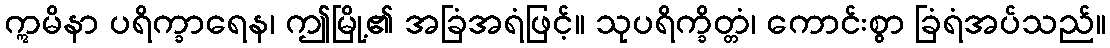
ဣမိနာ ပရိက္ခာရေန၊ ဤမြို့၏ အခြံအရံဖြင့်။ သုပရိက္ခိတ္တံ၊ ကောင်းစွာ ခြံရံအပ်သည်။